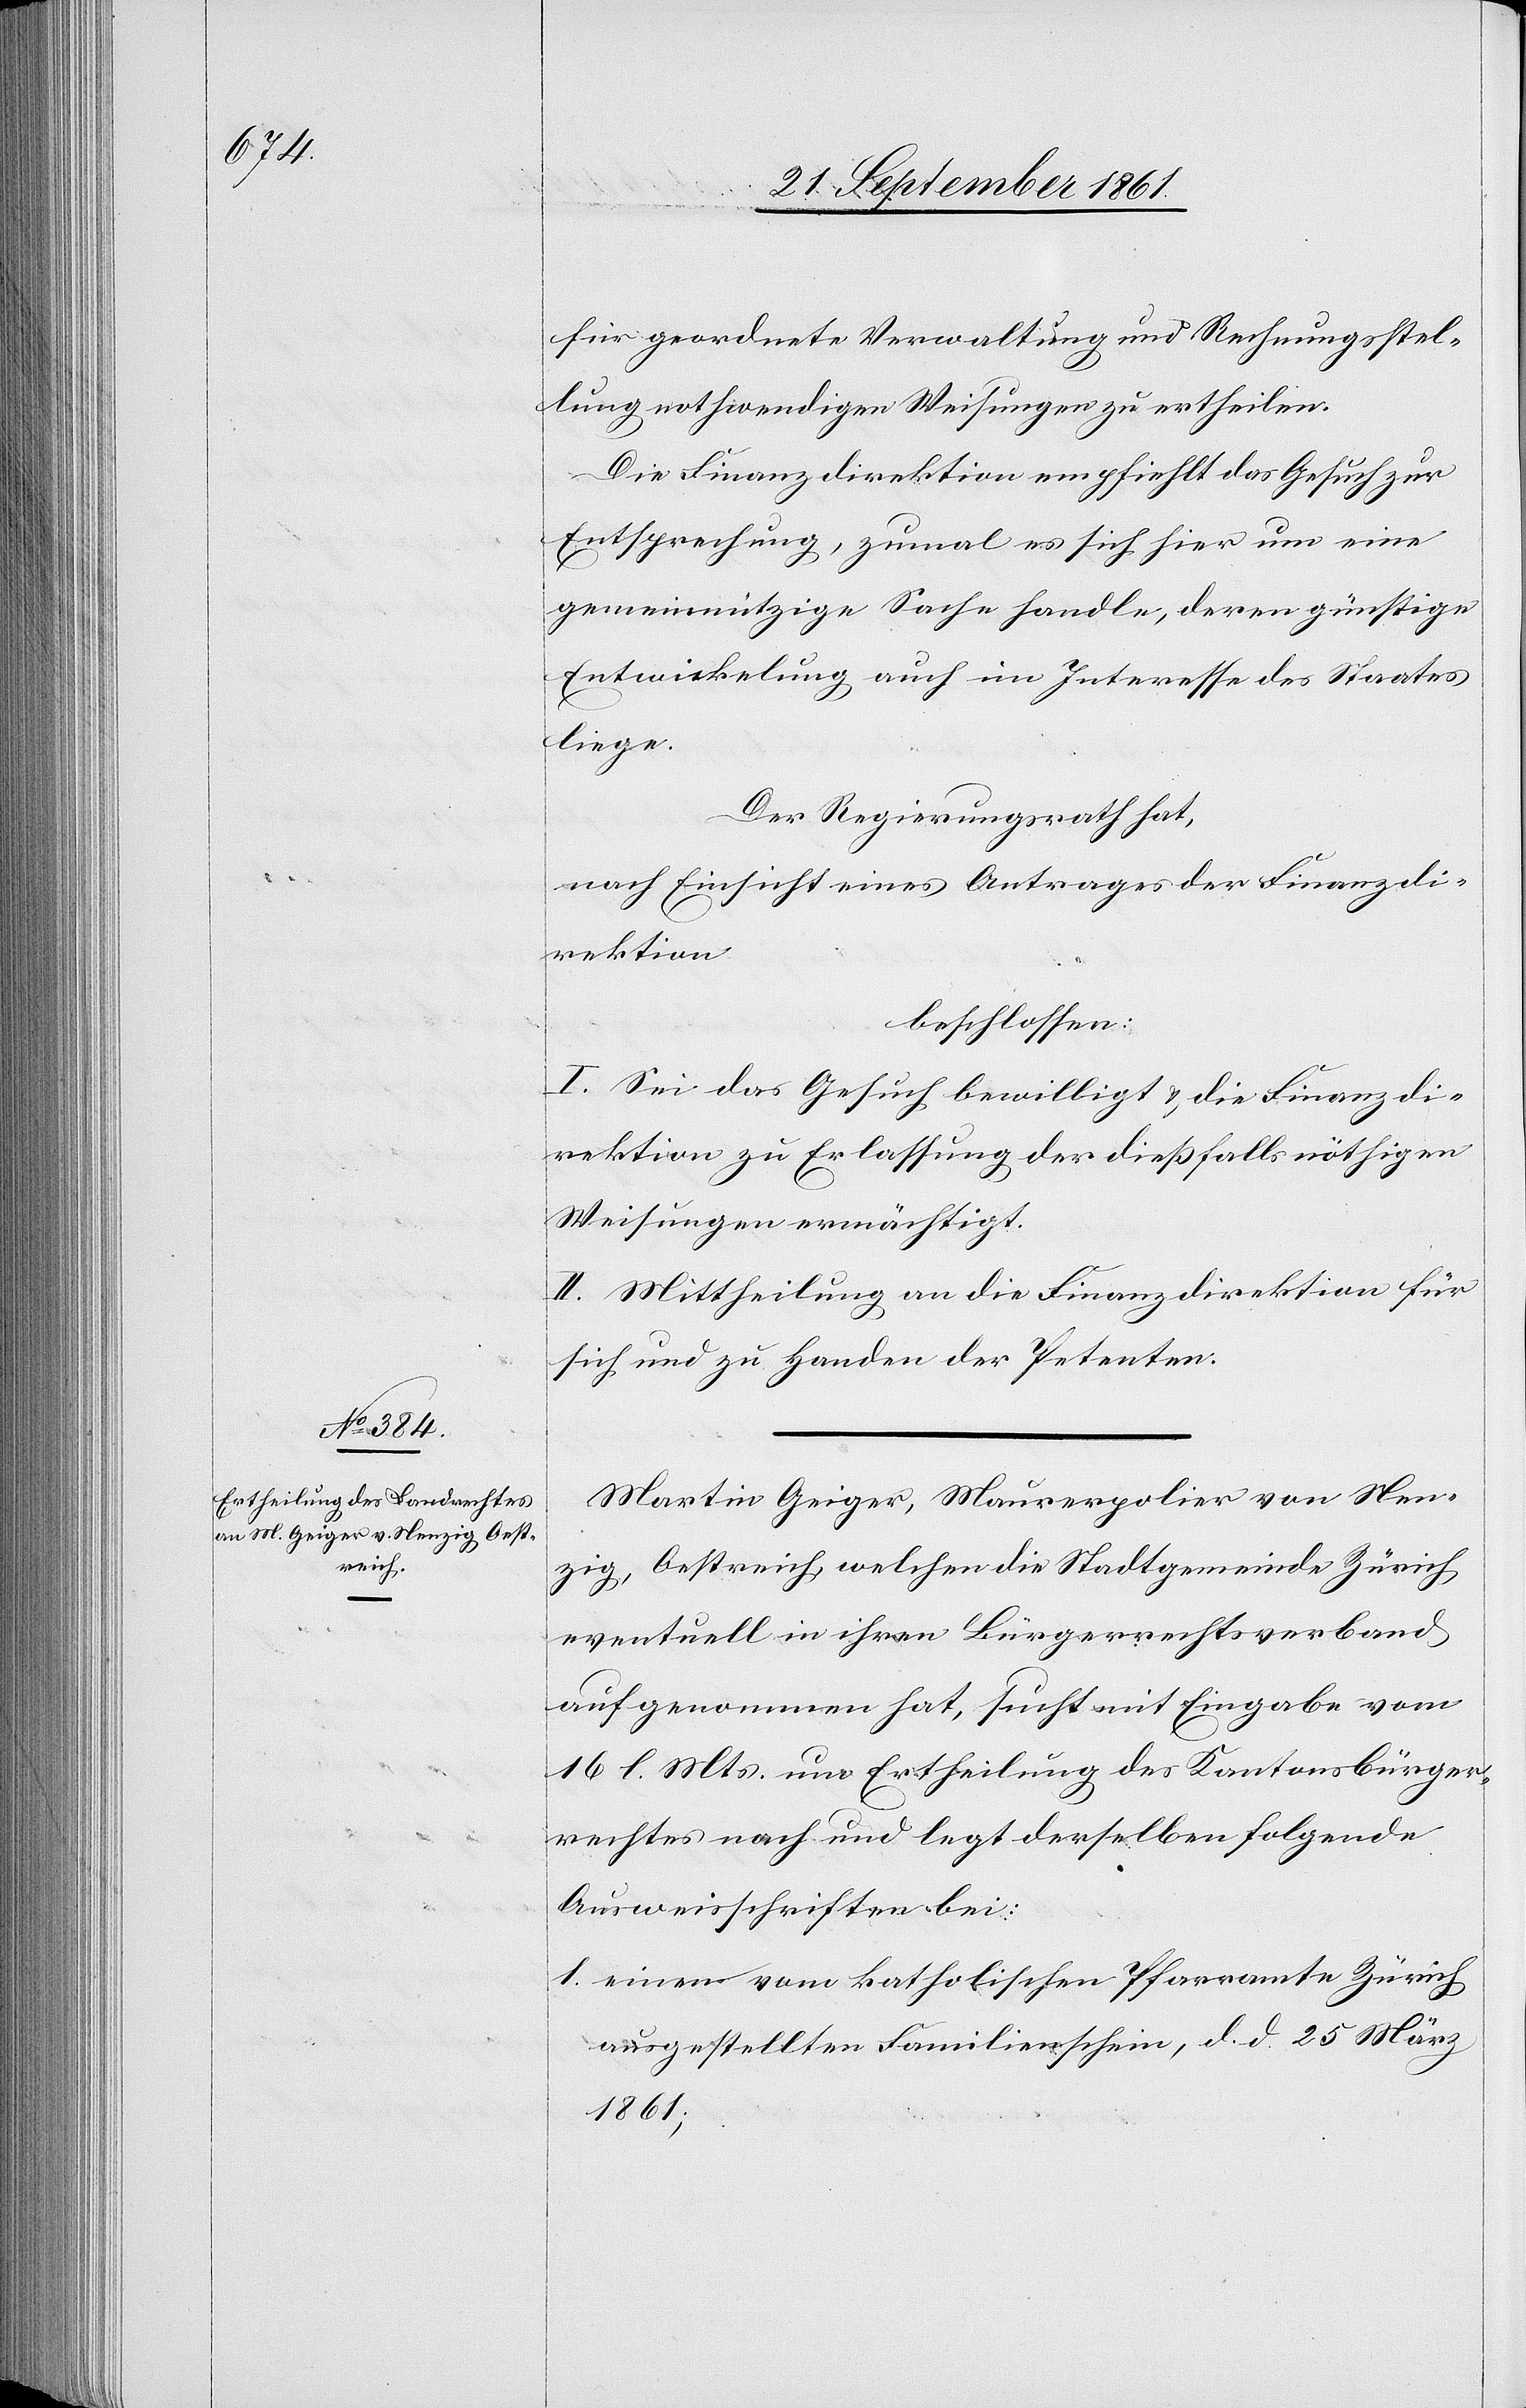
für geordnete Verwaltung und Rechnungsstel¬
lung nothwendigen Weisungen zu ertheilen.
Die Finanzdirektion empfiehlt das Gesuch zur
Entsprechung, zumal es sich hier um eine
gemeinnützige Sache handle, deren günstige
Entwickelung auch im Interesse des Staates
liege.
Der Regierungsrath hat,
nach Einsicht eines Antrages der Finanzdi¬
rektion,
beschlossen:
I. Sei das Gesuch bewilligt u. die Finanzdi¬
rektion zu Erlassung der dießfalls nöthigen
Weisungen ermächtigt.
II. Mittheilung an die Finanzdirektion für
sich und zu Handen der Petenten.
Martin Geiger, Maurerpolier von Nen¬
zig, Oestreich, welchen die Stadtgemeinde Zürich
eventuell in ihren Bürgerrechtsverband
aufgenommen hat, sucht mit Eingabe vom
16 l. Mts um Ertheilung des Kantonsbürger¬
rechtes nach und legt derselben folgende
Ausweisschriften bei:
1. einen vom katholischen Pfarramte Zürich
ausgestellten Familienschein, d. d. 25 März
1861;